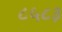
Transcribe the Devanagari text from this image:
८५८३